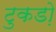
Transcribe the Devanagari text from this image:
टुकडो़